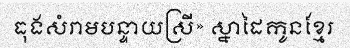
ធុងសំរាមបន្ទាយស្រី» ស្នាដៃកូនខ្មែរ